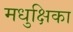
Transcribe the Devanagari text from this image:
मधुक्षिका